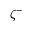
\zeta ^ { - }